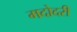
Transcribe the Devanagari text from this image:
मदोदरी